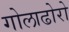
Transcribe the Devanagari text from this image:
गोलाढोरो